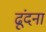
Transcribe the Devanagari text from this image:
ढूंदना